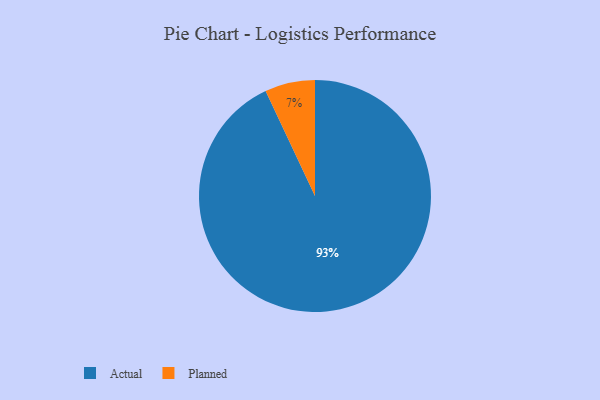
{"axis": {"x": "Category", "y": "Percentage"}, "legend": ["Actual", "Planned"], "data": [{"x": "Actual", "y": 93, "type": "Actual"}, {"x": "Planned", "y": 7, "type": "Planned"}]}